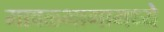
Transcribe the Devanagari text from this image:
मावळभागामध्ये